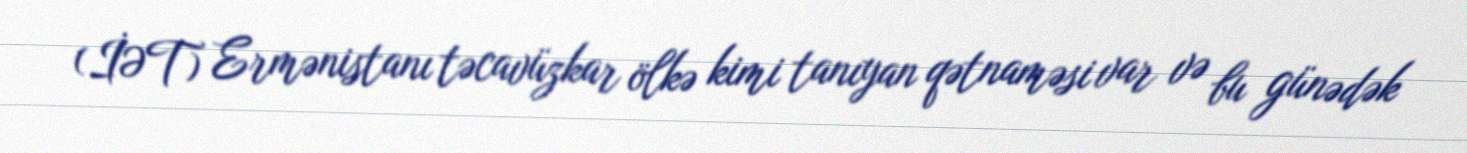
(İƏT) Ermənistanı təcavüzkar ölkə kimi tanıyan qətnaməsi var və bu günədək